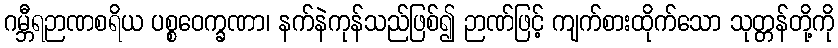
ဂမ္ဘီရဉာဏစရိယ ပစ္စဝေက္ခဏာ၊ နက်နဲကုန်သည်ဖြစ်၍ ဉာဏ်ဖြင့် ကျက်စားထိုက်သော သုတ္တန်တို့ကို